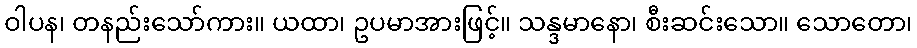
ဝါပန၊ တနည်းသော်ကား။ ယထာ၊ ဥပမာအားဖြင့်။ သန္ဒမာနော၊ စီးဆင်းသော။ သောတော၊